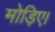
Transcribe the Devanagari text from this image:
मोड़िए।